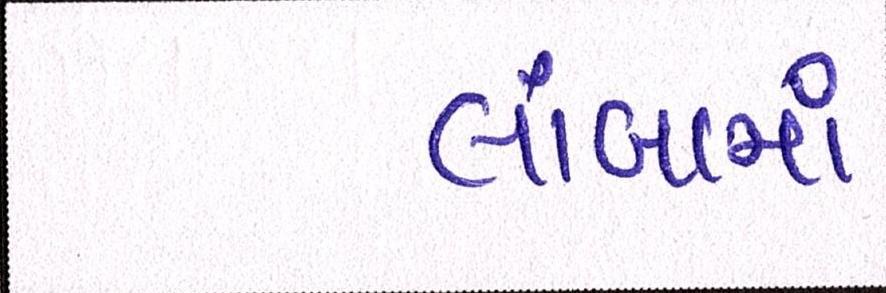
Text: લાંબામાં